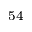
^ { 5 4 }